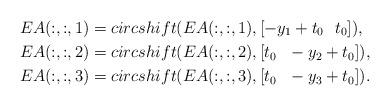
LaTeX: \begin{align*}&EA(:,:,1)=circshift(EA(:,:,1),[-y_1+t_0 ~~t_0]),\\&EA(:,:,2)=circshift(EA(:,:,2),[t_0~~ -y_2+t_0]),\\&EA(:,:,3)=circshift(EA(:,:,3),[t_0 ~~-y_3+t_0]).\end{align*}